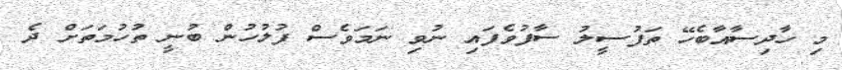
މި ހާދިސާއާބެހޭ ތަފުސީލު ސާފުވެފައި ނުވި ނަމަވެސް ފުލުހުން ބުނީ ތުހުމަތަށް ދެ